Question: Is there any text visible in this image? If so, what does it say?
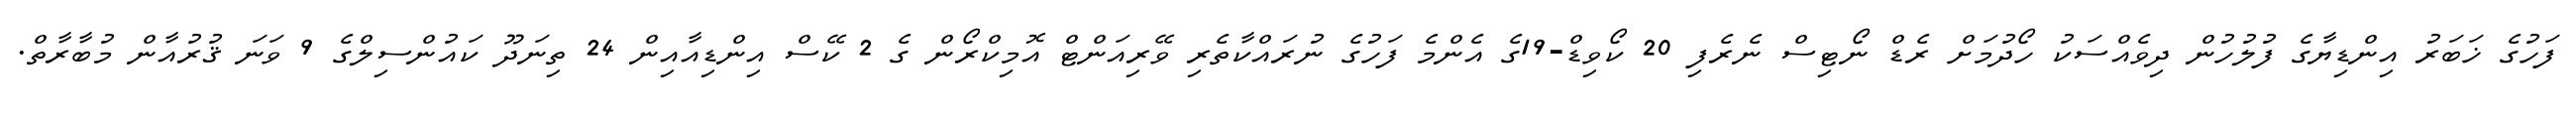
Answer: ފަހުގެ ޚަބަރު އިންޑިޔާގެ ފުލުހުން ދިވެއްސަކު ހޯދުމަށް ރެޑް ނޯޓިސް ނެރެފި 20 ކޯވިޑް-19ގެ އެންމެ ފަހުގެ ނުރައްކާތެރި ވޭރިއަންޓް އޮމިކްރޯން ގެ 2 ކޭސް އިންޑިއާއިން 24 ތިނަދޫ ކައުންސިލްގެ 9 ވަނަ ޤުރުއާން މުބާރާތް.